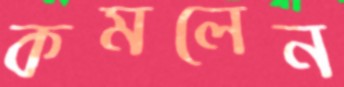
কমলেন